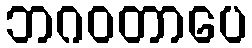
ဘဂဝတာပေ